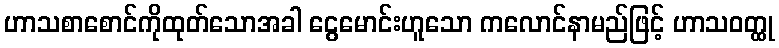
ဟာသစာစောင်ကိုထုတ်သောအခါ ငွေမောင်းဟူသော ကလောင်နာမည်ဖြင့် ဟာသဝတ္ထု